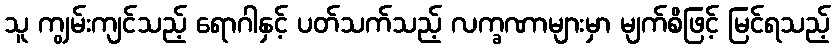
သူ ကျွမ်းကျင်သည့် ရောဂါနှင့် ပတ်သက်သည့် လက္ခဏာများမှာ မျက်စိဖြင့် မြင်ရသည့်